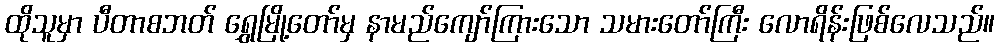
ထိုသူမှာ ပီတာစဘတ် ရွှေမြို့တော်မှ နာမည်ကျော်ကြားသော သမားတော်ကြီး လောရိန်းဖြစ်လေသည်။